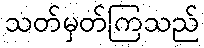
သတ်မှတ်ကြသည်